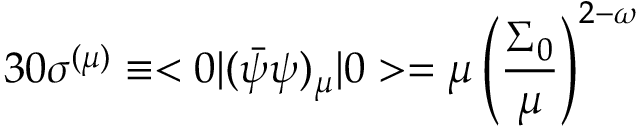
3 0 \sigma ^ { ( \mu ) } \equiv < 0 \vert ( \bar { \psi } \psi ) _ { \mu } \vert 0 > = \mu \left( \frac { \Sigma _ { 0 } } { \mu } \right) ^ { 2 - \omega }